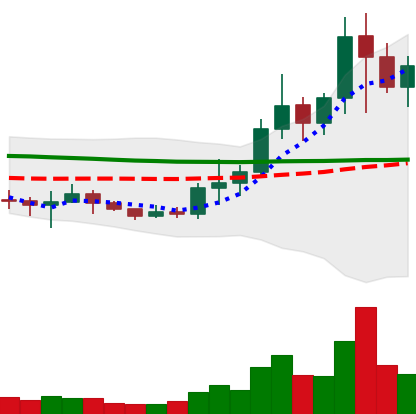
Ticker: NEO-USD
Chart end date: 2021-01-13
Forward return: 16.795%
Label: up_7plus